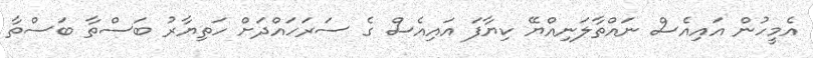
އެމީހުން އައިއެސް ނައްތާލަނިއްޔޭ ކިޔާފަ އައިއެސް ގެ ސަރަހައްދަށް ހަތިޔާރު ބަސްތާ ބަސްތާ